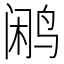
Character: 鹇